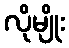
လိုမျိုး